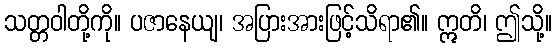
သတ္တဝါတို့ကို။ ပဇာနေယျ၊ အပြားအားဖြင့်သိရာ၏။ ဣတိ၊ ဤသို့။